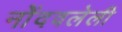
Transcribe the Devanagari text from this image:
नोेंदवलेली